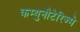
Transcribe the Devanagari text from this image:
कम्युनौटेरिज्मे